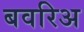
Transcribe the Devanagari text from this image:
बवरिअ